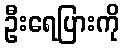
ဦးရေပြားကို